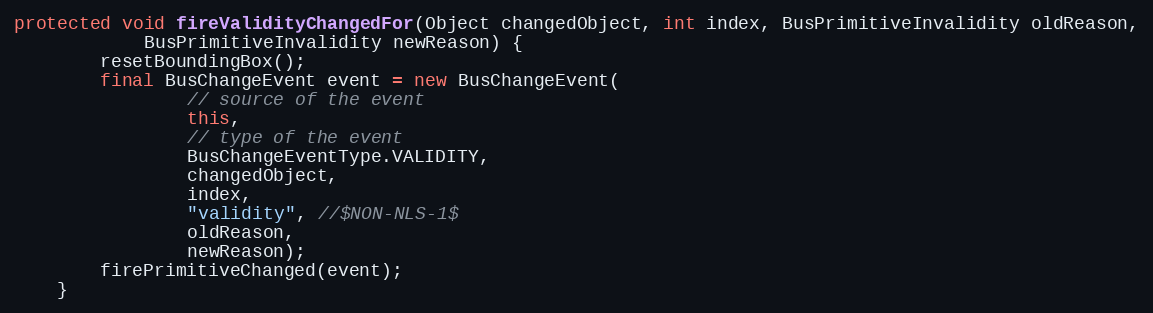
Language: Java
protected void fireValidityChangedFor(Object changedObject, int index, BusPrimitiveInvalidity oldReason,
			BusPrimitiveInvalidity newReason) {
		resetBoundingBox();
		final BusChangeEvent event = new BusChangeEvent(
				// source of the event
				this,
				// type of the event
				BusChangeEventType.VALIDITY,
				changedObject,
				index,
				"validity", //$NON-NLS-1$
				oldReason,
				newReason);
		firePrimitiveChanged(event);
	}